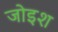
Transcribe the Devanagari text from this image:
जोइश